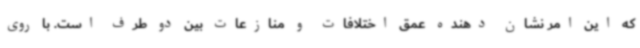
که این امر نشان دهنده عمق اختلافات و منازعات بین دو طرف است. با روی